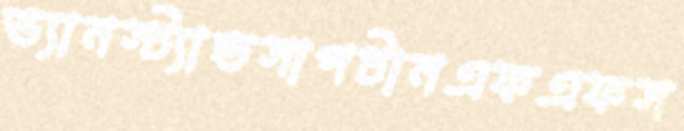
ভ্যানস্ট্যান্ডসাপটানএফএফস